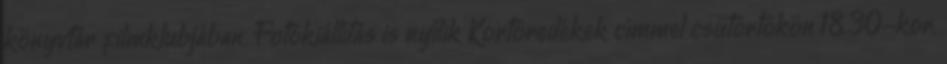
könyvtár filmklubjában. Fotókiállítás is nyílik Kortöredékek címmel csütörtökön 18.30-kor,